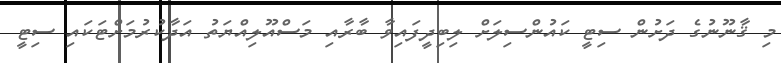
މި ޤާނޫނުގެ ދަށުން ސިޓީ ކައުންސިލަށް ލިބިދީފައިވާ ބާރާއި މަސްއޫލިއްޔަތު އަދާކުރުމަށްޓަކައި ސިޓީ